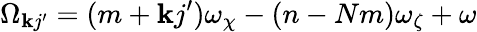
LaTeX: \Omega_{\mathbf{k}j^{\prime}}=(m+\mathbf{k}j^{\prime})\omega_{\chi}-(n-Nm)\omega_{\zeta}+\omega